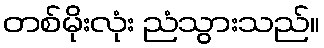
တစ်မိုးလုံး ညံသွားသည်။